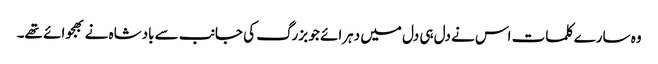
وہ سارے کلمات اس نے دل ہی دل میں دہرائے جو بزرگ کی جانب سے بادشاہ نے بھجوائے تھے۔